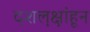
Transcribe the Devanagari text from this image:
दशल़क्षांहून